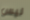
ليس